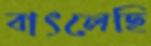
বাৎলেছি